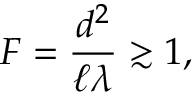
F = { \frac { d ^ { 2 } } { \ell \lambda } } \gtrsim 1 ,